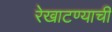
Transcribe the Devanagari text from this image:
रेखाटण्याची